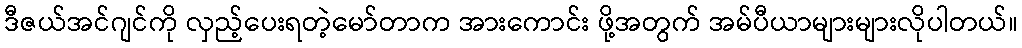
ဒီဇယ်အင်ဂျင်ကို လှည့်ပေးရတဲ့မော်တာက အားကောင်း ဖို့အတွက် အမ်ပီယာများများလိုပါတယ်။